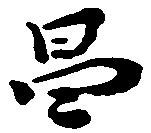
昌